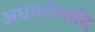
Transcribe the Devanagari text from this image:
अघमर्षणादि